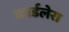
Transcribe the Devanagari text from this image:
कार्डलेरा